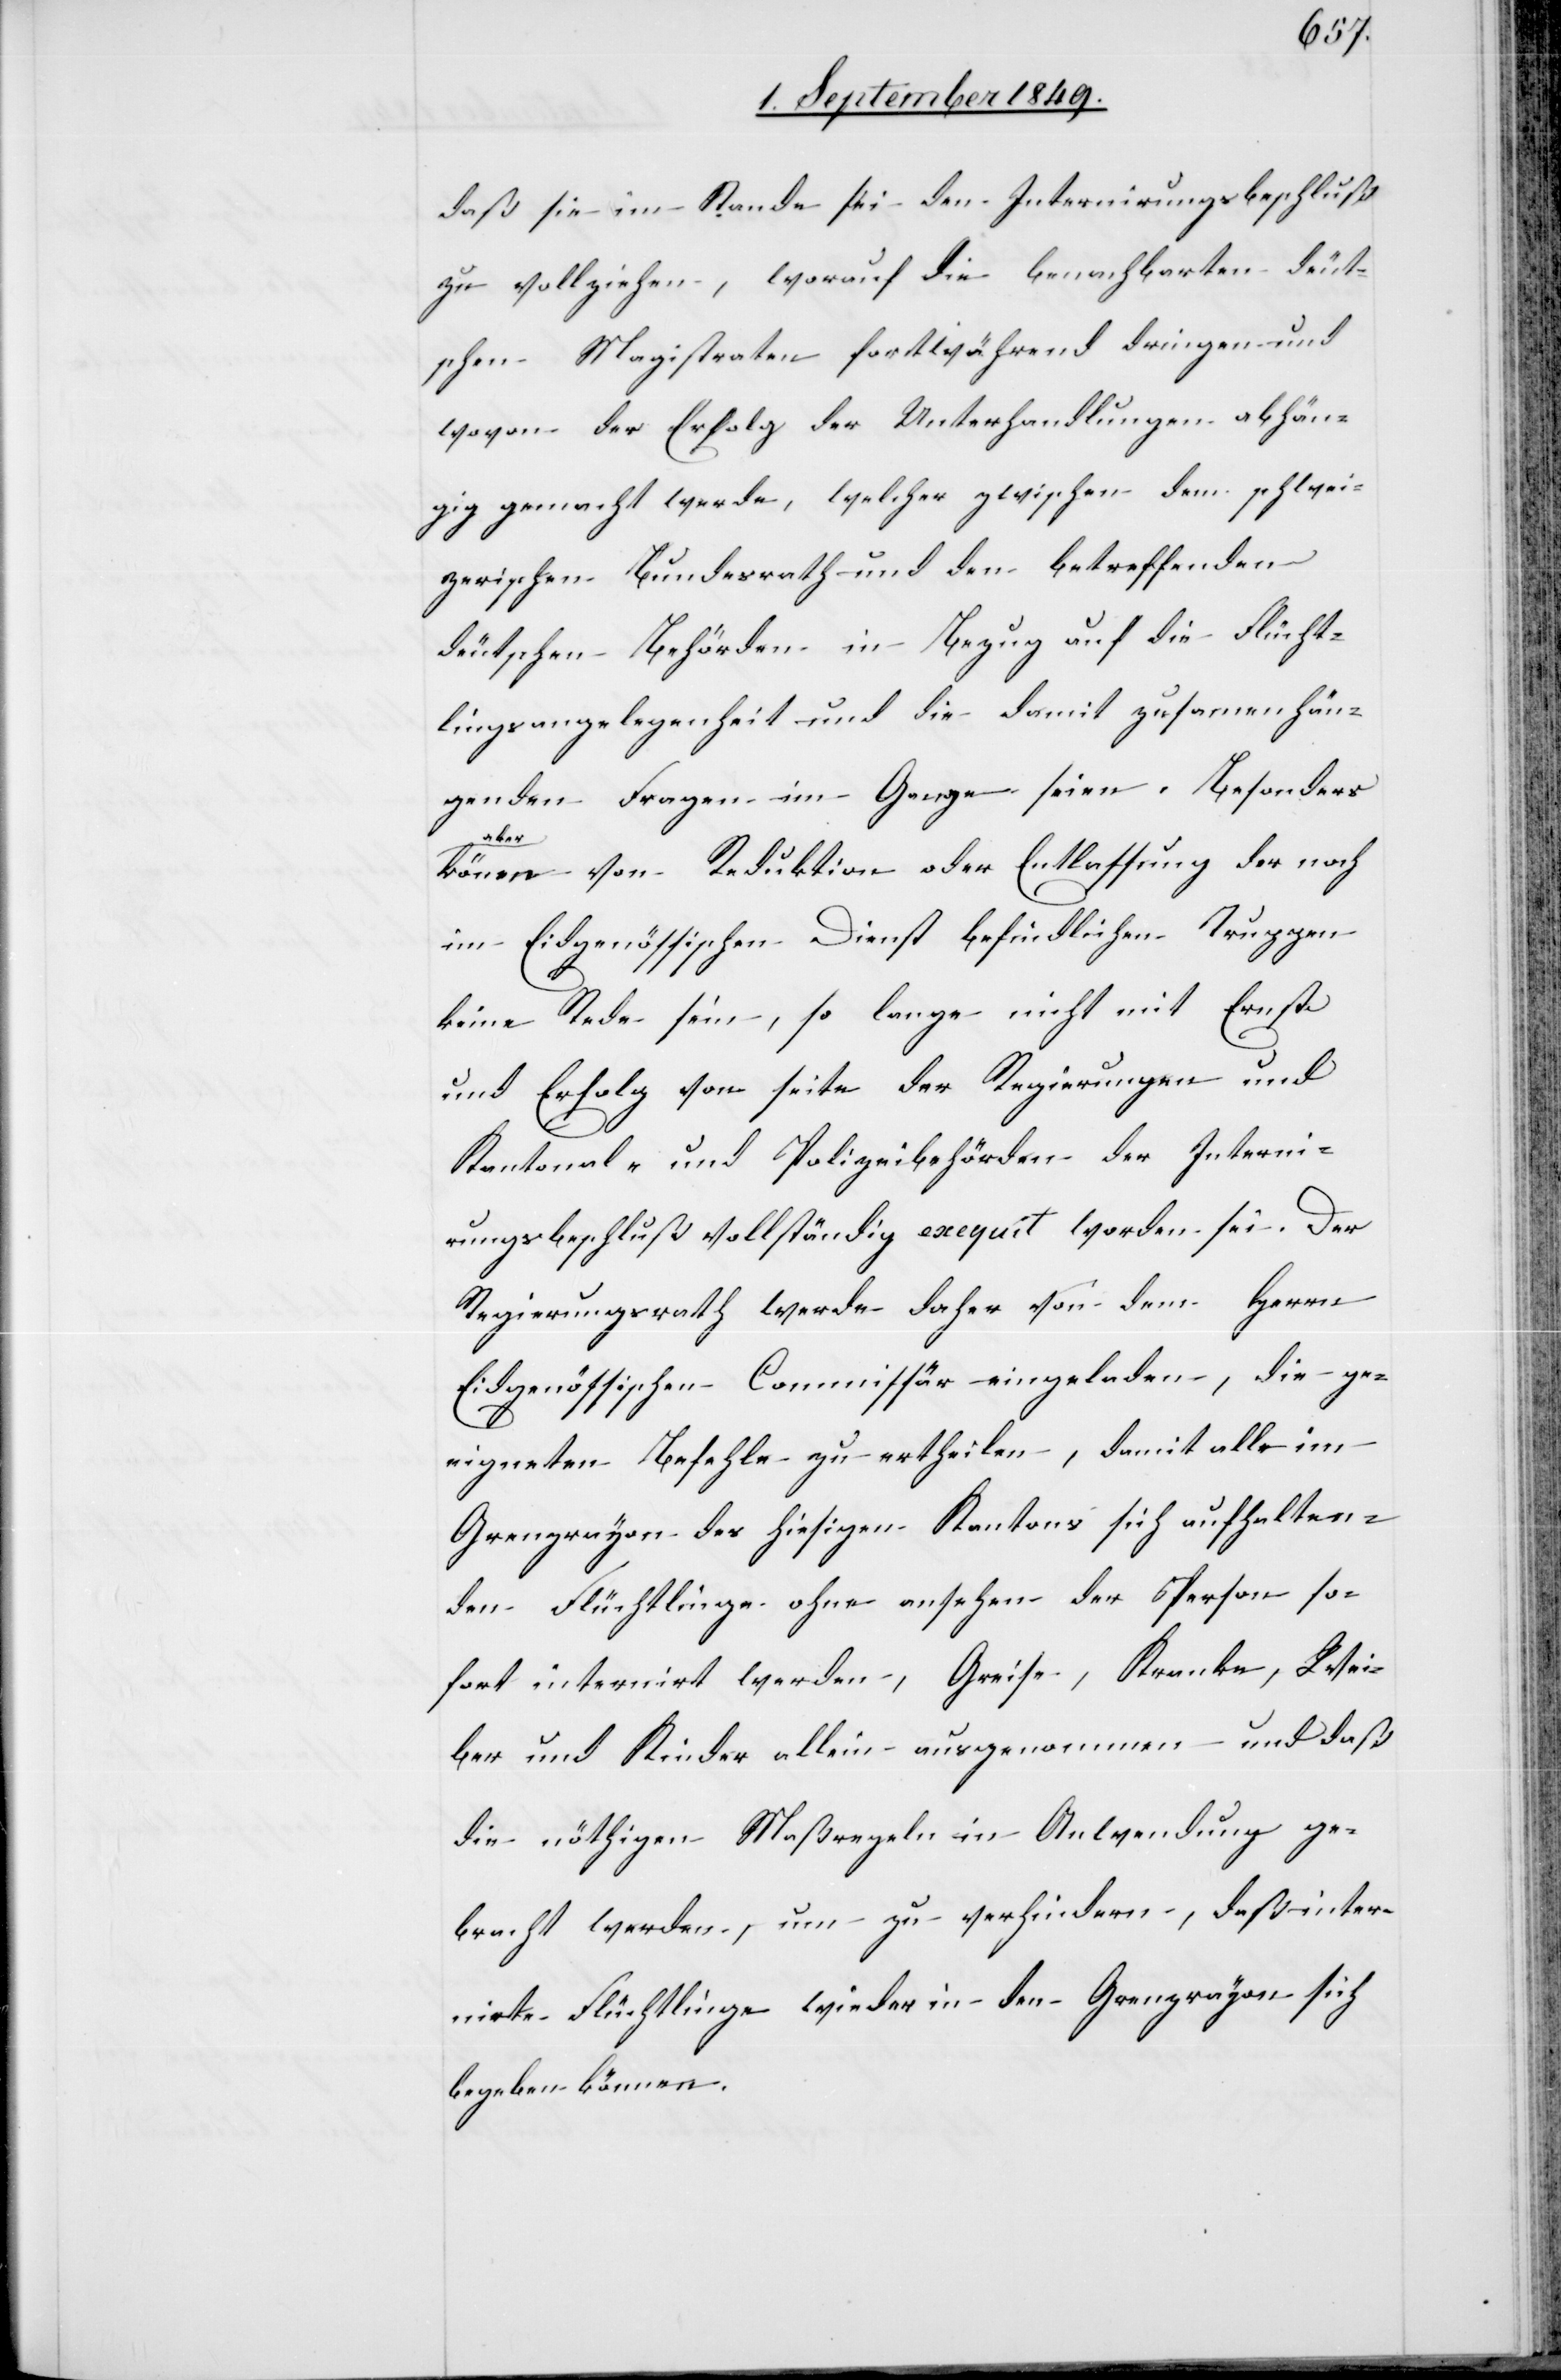
daß sie im Stande sei den Internirungsbeschluß
zu vollziehen, worauf die benachbarten deut¬
schen Magistraten fortwährend dringen und
wovon der Erfolg der Unterhandlungen abhän¬
gig gemacht werde, welcher zwischen dem schwei¬
zerischen Bundesrath und den betreffenden
deutschen Behörden in Bezug auf die Flücht¬
lingsangelegenheit und die damit zusam[m]enhän¬
genden Fragen im Gange seien. Besonders
könne] von Reduktion oder Entlassung der noch
im Eidgenössischen Dienst befindlichen Truppen
keine Rede sein, so lange nicht mit Ernst
und Erfolg von Seite der Regierungen und
Kantonal- und Polizeibehörden der Interni¬
rungsbeschluß vollständig exequit worden sei. Der
Regierungsrath werde daher von dem Herrn
Eidgenössischen Commissär eingeladen, die ge¬
eigneten Befehle zu ertheilen, damit alle im
Grenzrayon des hiesigen Kantons sich aufhalten¬
den Flüchtlinge ohne ansehen der Person so¬
fort internirt werden, Greise, Kranke, Wei¬
ber und Kinder allein ausgenommen – und daß
die nöthigen Maßregeln in Anwendung ge¬
bracht werden, um zu verhindern, daß inter¬
nirte Flüchtlinge wieder in den Grenzrayon sich
begeben können.